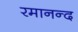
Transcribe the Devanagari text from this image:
रमानन्द